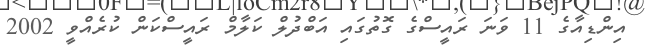
އިންޑިއާގެ 11 ވަނަ ރައީސްގެ ގޮތުގައި އަބްދުލް ކަލާމް ރައީސްކަން ކުރެއްވީ 2002